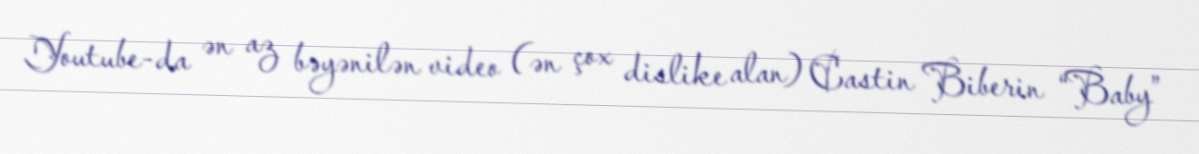
Youtube-da ən az bəyənilən video (ən çox dislike alan) Castin Biberin “Baby”